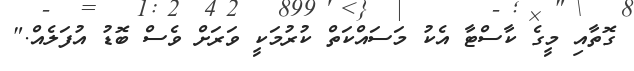
ގޮތާއި މީގެ ކާސްޓާ އެކު މަސައްކަތް ކުރުމަކީ ވަރަށް ވެސް ބޮޑު އުފަލެއް."